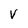
Character: v